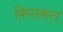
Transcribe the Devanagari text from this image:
किराकत